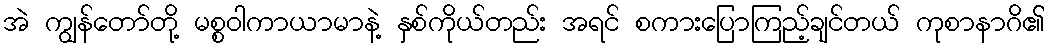
အဲ ကျွန်တော်တို့ မစ္စဝါကာယာမာနဲ့ နှစ်ကိုယ်တည်း အရင် စကားပြောကြည့်ချင်တယ် ကုစာနာဂိ၏